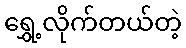
ရွှေ့လိုက်တယ်တဲ့